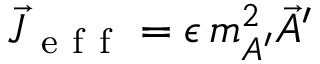
\vec { J } _ { \mathrm { ~ e ~ f ~ f ~ } } = \epsilon \, m _ { A ^ { \prime } } ^ { 2 } \vec { A } ^ { \prime }